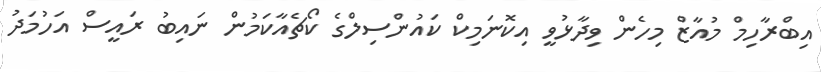
އިބްރާހިމް މުއާޒް މިހެން ވިދާޅުވީ އިކޮނަމިކް ކައުންސިލްގެ ކޯޗެއާކަމުން ނައިބު ރައީސް އަހުމަދު